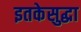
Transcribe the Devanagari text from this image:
इतकेसुद्धा